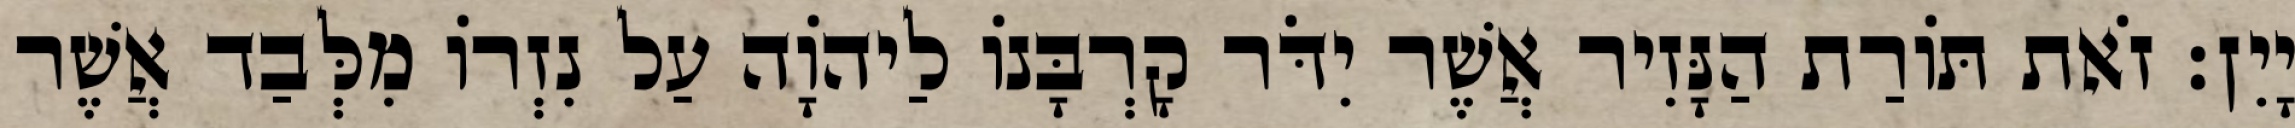
יָיִן׃ זֹאת תּוֹרַת הַנָּזִיר אֲשֶׁר יִדֹּר קָרְבָּנוֹ לַיהוָֹה עַל נִזְרוֹ מִלְּבַד אֲשֶׁר